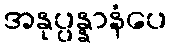
အနုပ္ပန္နာနံပေ